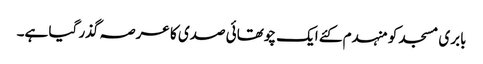
بابری مسجد کو منہدم کئے ایک چوتھائی صدی کا عرصہ گذر گیا ہے۔